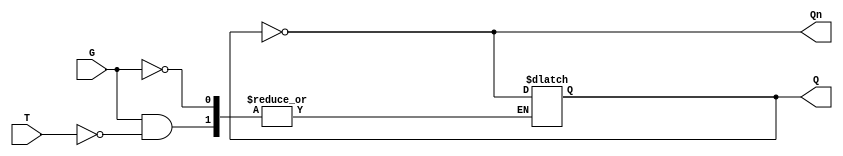
module gated_t_latch (
    input wire T,    // Toggle input
    input wire G,    // Gate signal
    output reg Q,    // Output
    output wire Qn   // Complement output
);

    assign Qn = ~Q; // Q' is the complement of Q

    always @(G, T) begin
        if (G) begin
            if (T) begin
                Q <= ~Q; // Toggle Q
            end
            // If T is low, Q remains unchanged
        end
        // If G is low, Q remains unchanged
    end

endmodule